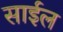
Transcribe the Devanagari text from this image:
साईल